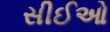
સીઈઓ